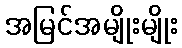
အမြင်အမျိုးမျိုး